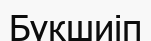
Бүкшиіп